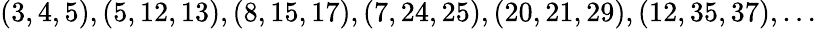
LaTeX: (3,4,5),(5,12,13),(8,15,17),(7,24,25),(20,21,29),(12,35,37),\dots